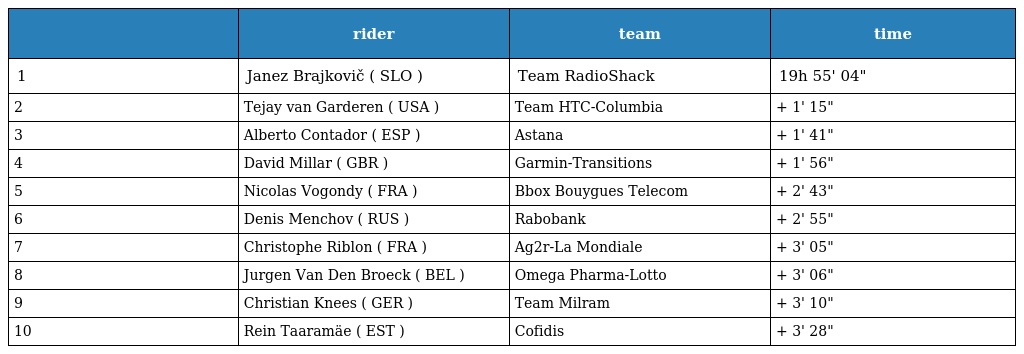
|  | rider | team | time |
 | --- | --- | --- | --- |
 | 1 | Janez Brajkovič ( SLO ) | Team RadioShack | 19h 55' 04" |
 | 2 | Tejay van Garderen ( USA ) | Team HTC-Columbia | + 1' 15" |
 | 3 | Alberto Contador ( ESP ) | Astana | + 1' 41" |
 | 4 | David Millar ( GBR ) | Garmin-Transitions | + 1' 56" |
 | 5 | Nicolas Vogondy ( FRA ) | Bbox Bouygues Telecom | + 2' 43" |
 | 6 | Denis Menchov ( RUS ) | Rabobank | + 2' 55" |
 | 7 | Christophe Riblon ( FRA ) | Ag2r-La Mondiale | + 3' 05" |
 | 8 | Jurgen Van Den Broeck ( BEL ) | Omega Pharma-Lotto | + 3' 06" |
 | 9 | Christian Knees ( GER ) | Team Milram | + 3' 10" |
 | 10 | Rein Taaramäe ( EST ) | Cofidis | + 3' 28" |